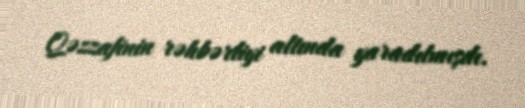
Qəzzafinin rəhbərliyi altında yaradılmışdı.